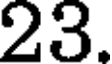
23.